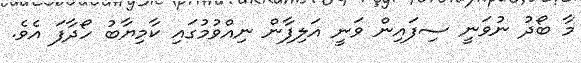
މާ ބޯދު ނުވަނީ ސިފައިން ވަނީ އަލިފާން ނިއްވުމުގައި ކާމިޔާބު ހޯދާފަ އެވެ.